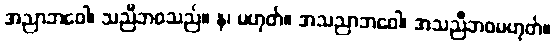
အညာဘဝေါ၊ သညီဘဝသည်။ န၊ မဟုတ်။ အသညာဘဝေါ၊ အသညီဘဝမဟုတ်။